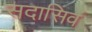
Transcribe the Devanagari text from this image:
सदासिवं